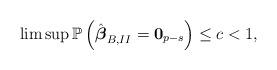
LaTeX: \begin{align*}\limsup \mathbb{P}\left(\hat{\boldsymbol{\beta}}_{B,II} = \mathbf{0}_{p-s} \right) \leq c <1,\end{align*}